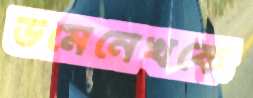
ডমেনেখকে